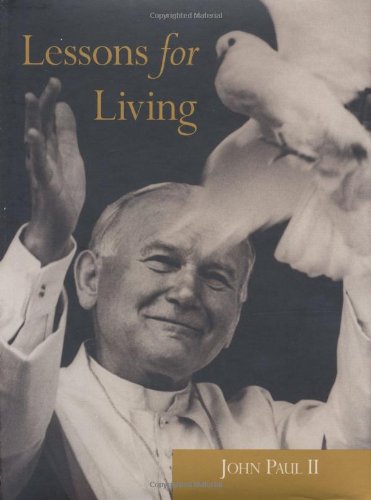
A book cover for John Paul II: Lessons for Living; Pope John Paul II; Christian Books & Bibles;